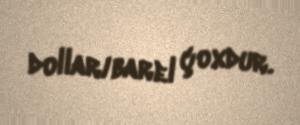
dollar/barel çoxdur.